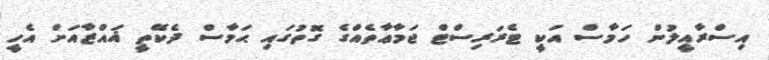
އިސްރާއީލުން ހަމާސް އަކީ ޓެރަރިސްޓް ޖަމާޢާތެއްގެ ގޮތުގައި ޙަމާސް ދެކޭތީ ޣައްޒާއަށް އެހީ